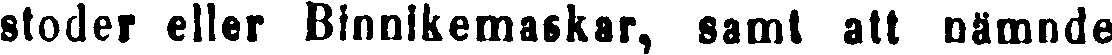
stoder eller Binnikemaskar, samt att nämnde